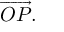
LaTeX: { \overrightarrow { O P } } .